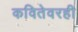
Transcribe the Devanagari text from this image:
कवितेवरही